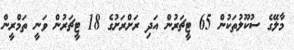
މާލޭގެ ސުކޫލުތަކުން 65 ޓީޗަރުން އަދި ރަށްރަށުގެ 18 ޓީޗަރުން ވަނީ ތަމްރީން